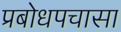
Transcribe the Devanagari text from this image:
प्रबोधपचासा